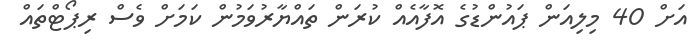
އަށް 40 މިލިއަން ޕައުންޑުގެ އޮފާއެއް ކުރަން ތައްޔާރުވަމުން ކަމަށް ވެސް ރިޕޯޓްތައް